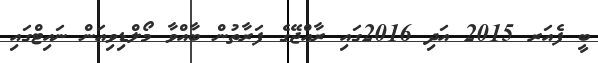
ބީ ފެއަރ 2015 އަދި 2016ގައި ރާއްޖޭގެ ފަރާތުން ބާއްވާ މޯލްޑިވިއަން ނައިޓްގައި